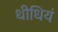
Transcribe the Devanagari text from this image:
धीधियं